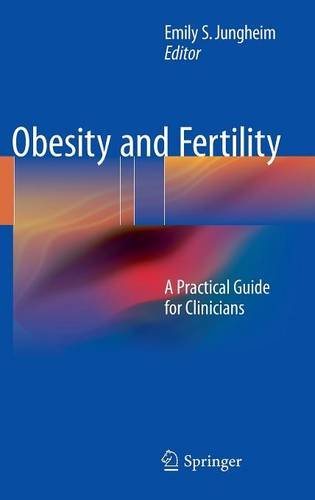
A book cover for Obesity and Fertility: A Practical Guide for Clinicians; Health, Fitness & Dieting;